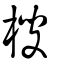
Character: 㮴